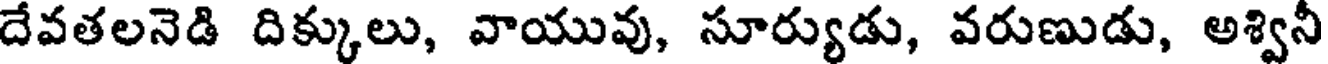
దేవతలనెడి దిక్కులు, వాయువు, సూర్యుడు, వరుణుడు, అశ్విని